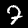
Label: 7